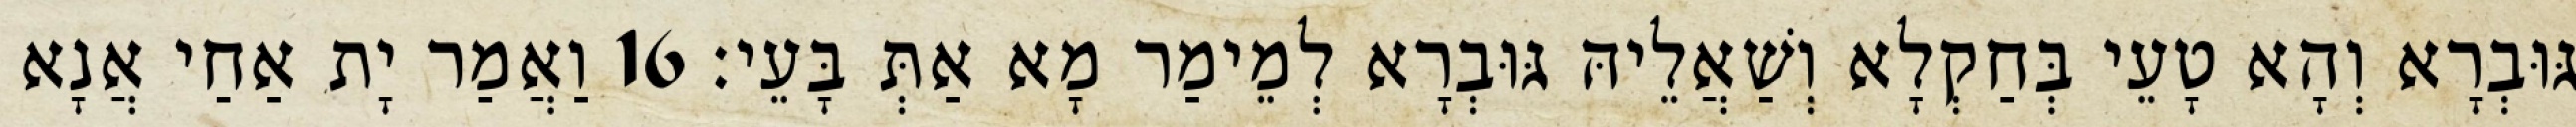
גּוּבְרָא וְהָא טָעֵי בְּחַקְלָא וְשַׁאֲלֵיהּ גּוּבְרָא לְמֵימַר מָא אַתְּ בָּעֵי׃ 16 וַאֲמַר יָת אַחַי אֲנָא